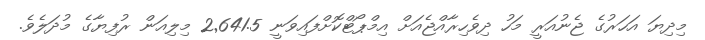
މިދިޔަ އަހަރުގެ ޖެނުއަރީ މަހު ދިވެހިރާއްޖެއަށް އިމްޕޯޓްކޮށްފައިވަނީ 2